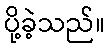
ပို့ခဲ့သည်။